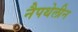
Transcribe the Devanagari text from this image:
नैपथेलीन